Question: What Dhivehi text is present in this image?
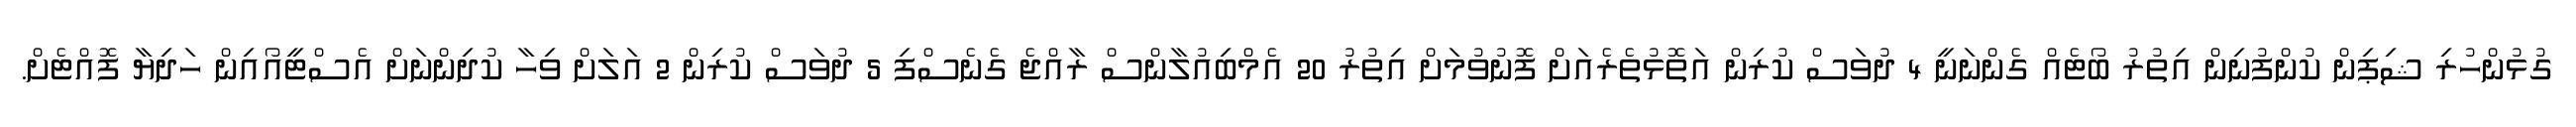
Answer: ގުޅުންހުރި ޝިޕިން ކުންފުނިން އިތުރު ބޯޓެއް ގެންނަނީ 4 ދުވަސް ކުރިން އަތޮޅުތެރެއަށް ފޮނުވުމަށް އިތުރު 20 އެމްބިއުލާންސް ރާއްޖެ ގެނެސްފި 5 ދުވަސް ކުރިން 2 އަލަށް ވިހާ ކުދިންނަށް އެސްޓީއޯއިން ހަދިޔާ ފޮއްޓެށް.